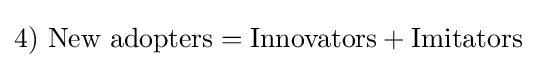
4)\ {\mbox{New adopters}}={\mbox{Innovators}}+{\mbox{Imitators}}